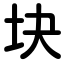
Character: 块